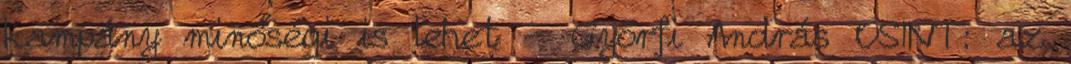
kampány minőségi is lehet - Györfi András OSINT: az